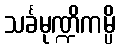
သင်္ခမုဏ္ဍိကမ္ပိ